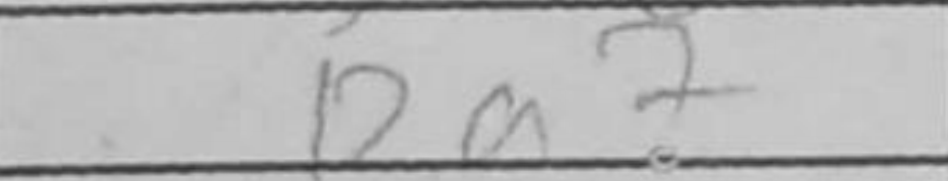
Transcription: Ra7